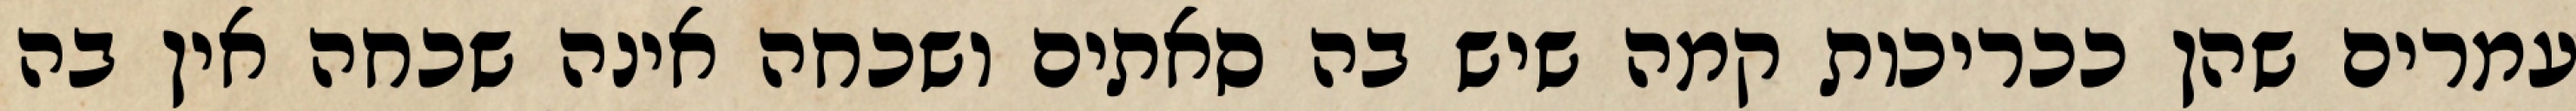
עמרים שהן ככריכות קמה שיש בה סאתים ושכחה אינה שכחה אין בה